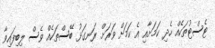
ޓެސްޓުތަކެއް ހެދި ކަމަށާއި އެ ކަމަށް ވަރަށް ރަނގަޅު ބޭސްތަކެއް ވެސް ލިބިފައިވާ